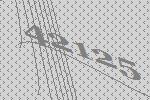
42125